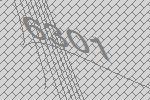
6301